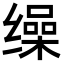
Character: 缲